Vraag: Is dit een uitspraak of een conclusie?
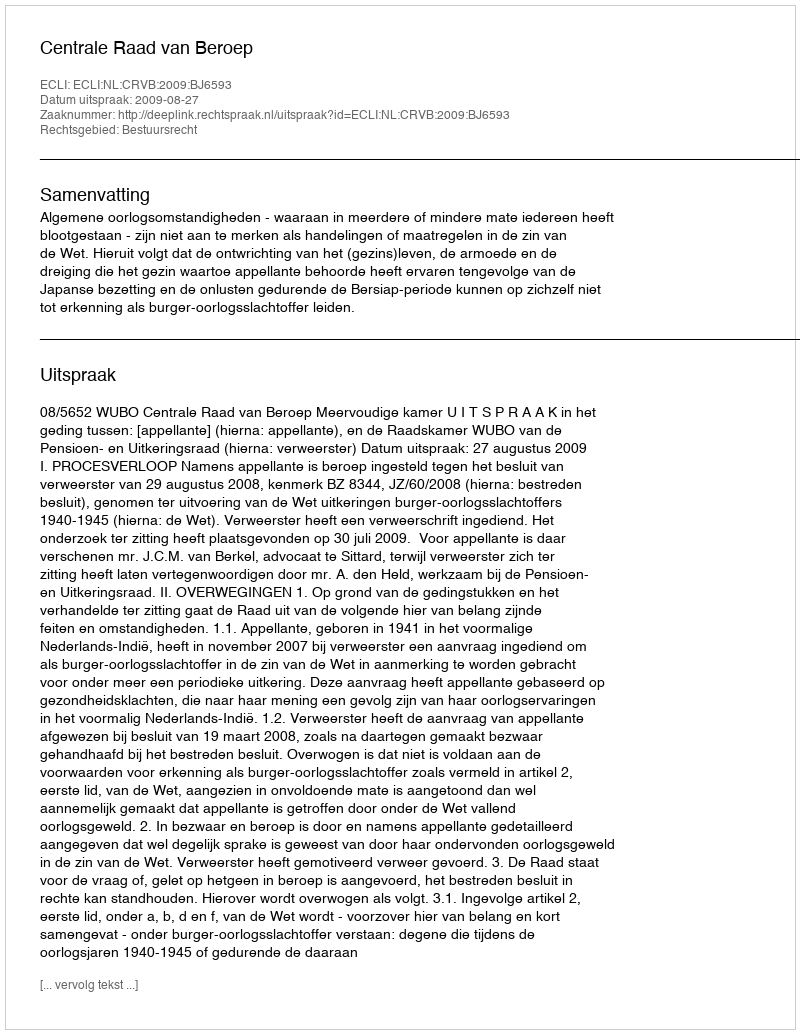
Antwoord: Uitspraak